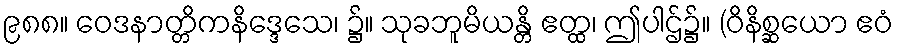
၉၈၈။ ဝေဒနာတ္တိကနိဒ္ဒေသေ၊ ၌။ သုခဘူမိယန္တိ ဧတ္ထ၊ ဤပါဌ်၌။ (ဝိနိစ္ဆယော ဧဝံ